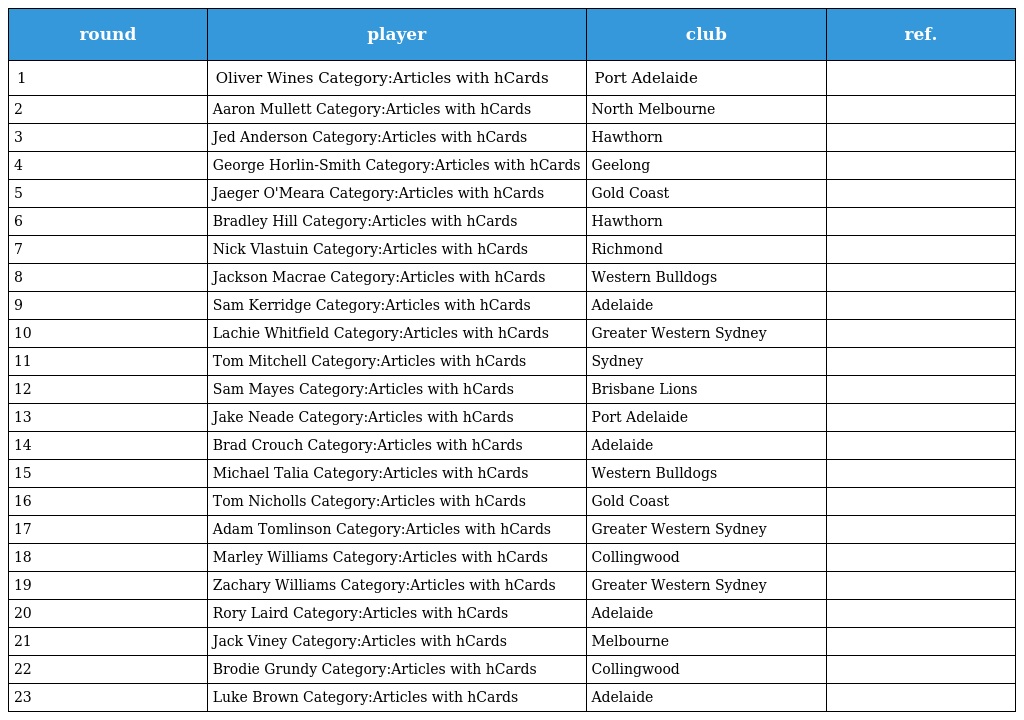
| round | player | club | ref. |
 | --- | --- | --- | --- |
 | 1 | Oliver Wines Category:Articles with hCards | Port Adelaide |  |
 | 2 | Aaron Mullett Category:Articles with hCards | North Melbourne |  |
 | 3 | Jed Anderson Category:Articles with hCards | Hawthorn |  |
 | 4 | George Horlin-Smith Category:Articles with hCards | Geelong |  |
 | 5 | Jaeger O'Meara Category:Articles with hCards | Gold Coast |  |
 | 6 | Bradley Hill Category:Articles with hCards | Hawthorn |  |
 | 7 | Nick Vlastuin Category:Articles with hCards | Richmond |  |
 | 8 | Jackson Macrae Category:Articles with hCards | Western Bulldogs |  |
 | 9 | Sam Kerridge Category:Articles with hCards | Adelaide |  |
 | 10 | Lachie Whitfield Category:Articles with hCards | Greater Western Sydney |  |
 | 11 | Tom Mitchell Category:Articles with hCards | Sydney |  |
 | 12 | Sam Mayes Category:Articles with hCards | Brisbane Lions |  |
 | 13 | Jake Neade Category:Articles with hCards | Port Adelaide |  |
 | 14 | Brad Crouch Category:Articles with hCards | Adelaide |  |
 | 15 | Michael Talia Category:Articles with hCards | Western Bulldogs |  |
 | 16 | Tom Nicholls Category:Articles with hCards | Gold Coast |  |
 | 17 | Adam Tomlinson Category:Articles with hCards | Greater Western Sydney |  |
 | 18 | Marley Williams Category:Articles with hCards | Collingwood |  |
 | 19 | Zachary Williams Category:Articles with hCards | Greater Western Sydney |  |
 | 20 | Rory Laird Category:Articles with hCards | Adelaide |  |
 | 21 | Jack Viney Category:Articles with hCards | Melbourne |  |
 | 22 | Brodie Grundy Category:Articles with hCards | Collingwood |  |
 | 23 | Luke Brown Category:Articles with hCards | Adelaide |  |